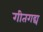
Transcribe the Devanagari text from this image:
गीतगद्य